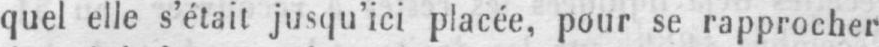
quel elle s’était jusqu’ici placée, pour se rapprocher